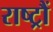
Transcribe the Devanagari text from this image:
राष्ट्रौं